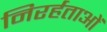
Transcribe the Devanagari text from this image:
निरर्हताओं